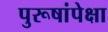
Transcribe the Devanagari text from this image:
पुरूषांपेक्षा